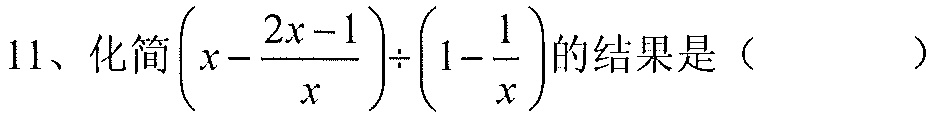
11、化简\(\left(x - \dfrac{2x - 1}{x}\right)\div\left(1 - \dfrac{1}{x}\right)\)的结果是（  ）